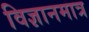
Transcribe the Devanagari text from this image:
विज्ञानमात्र